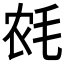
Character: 𱥡